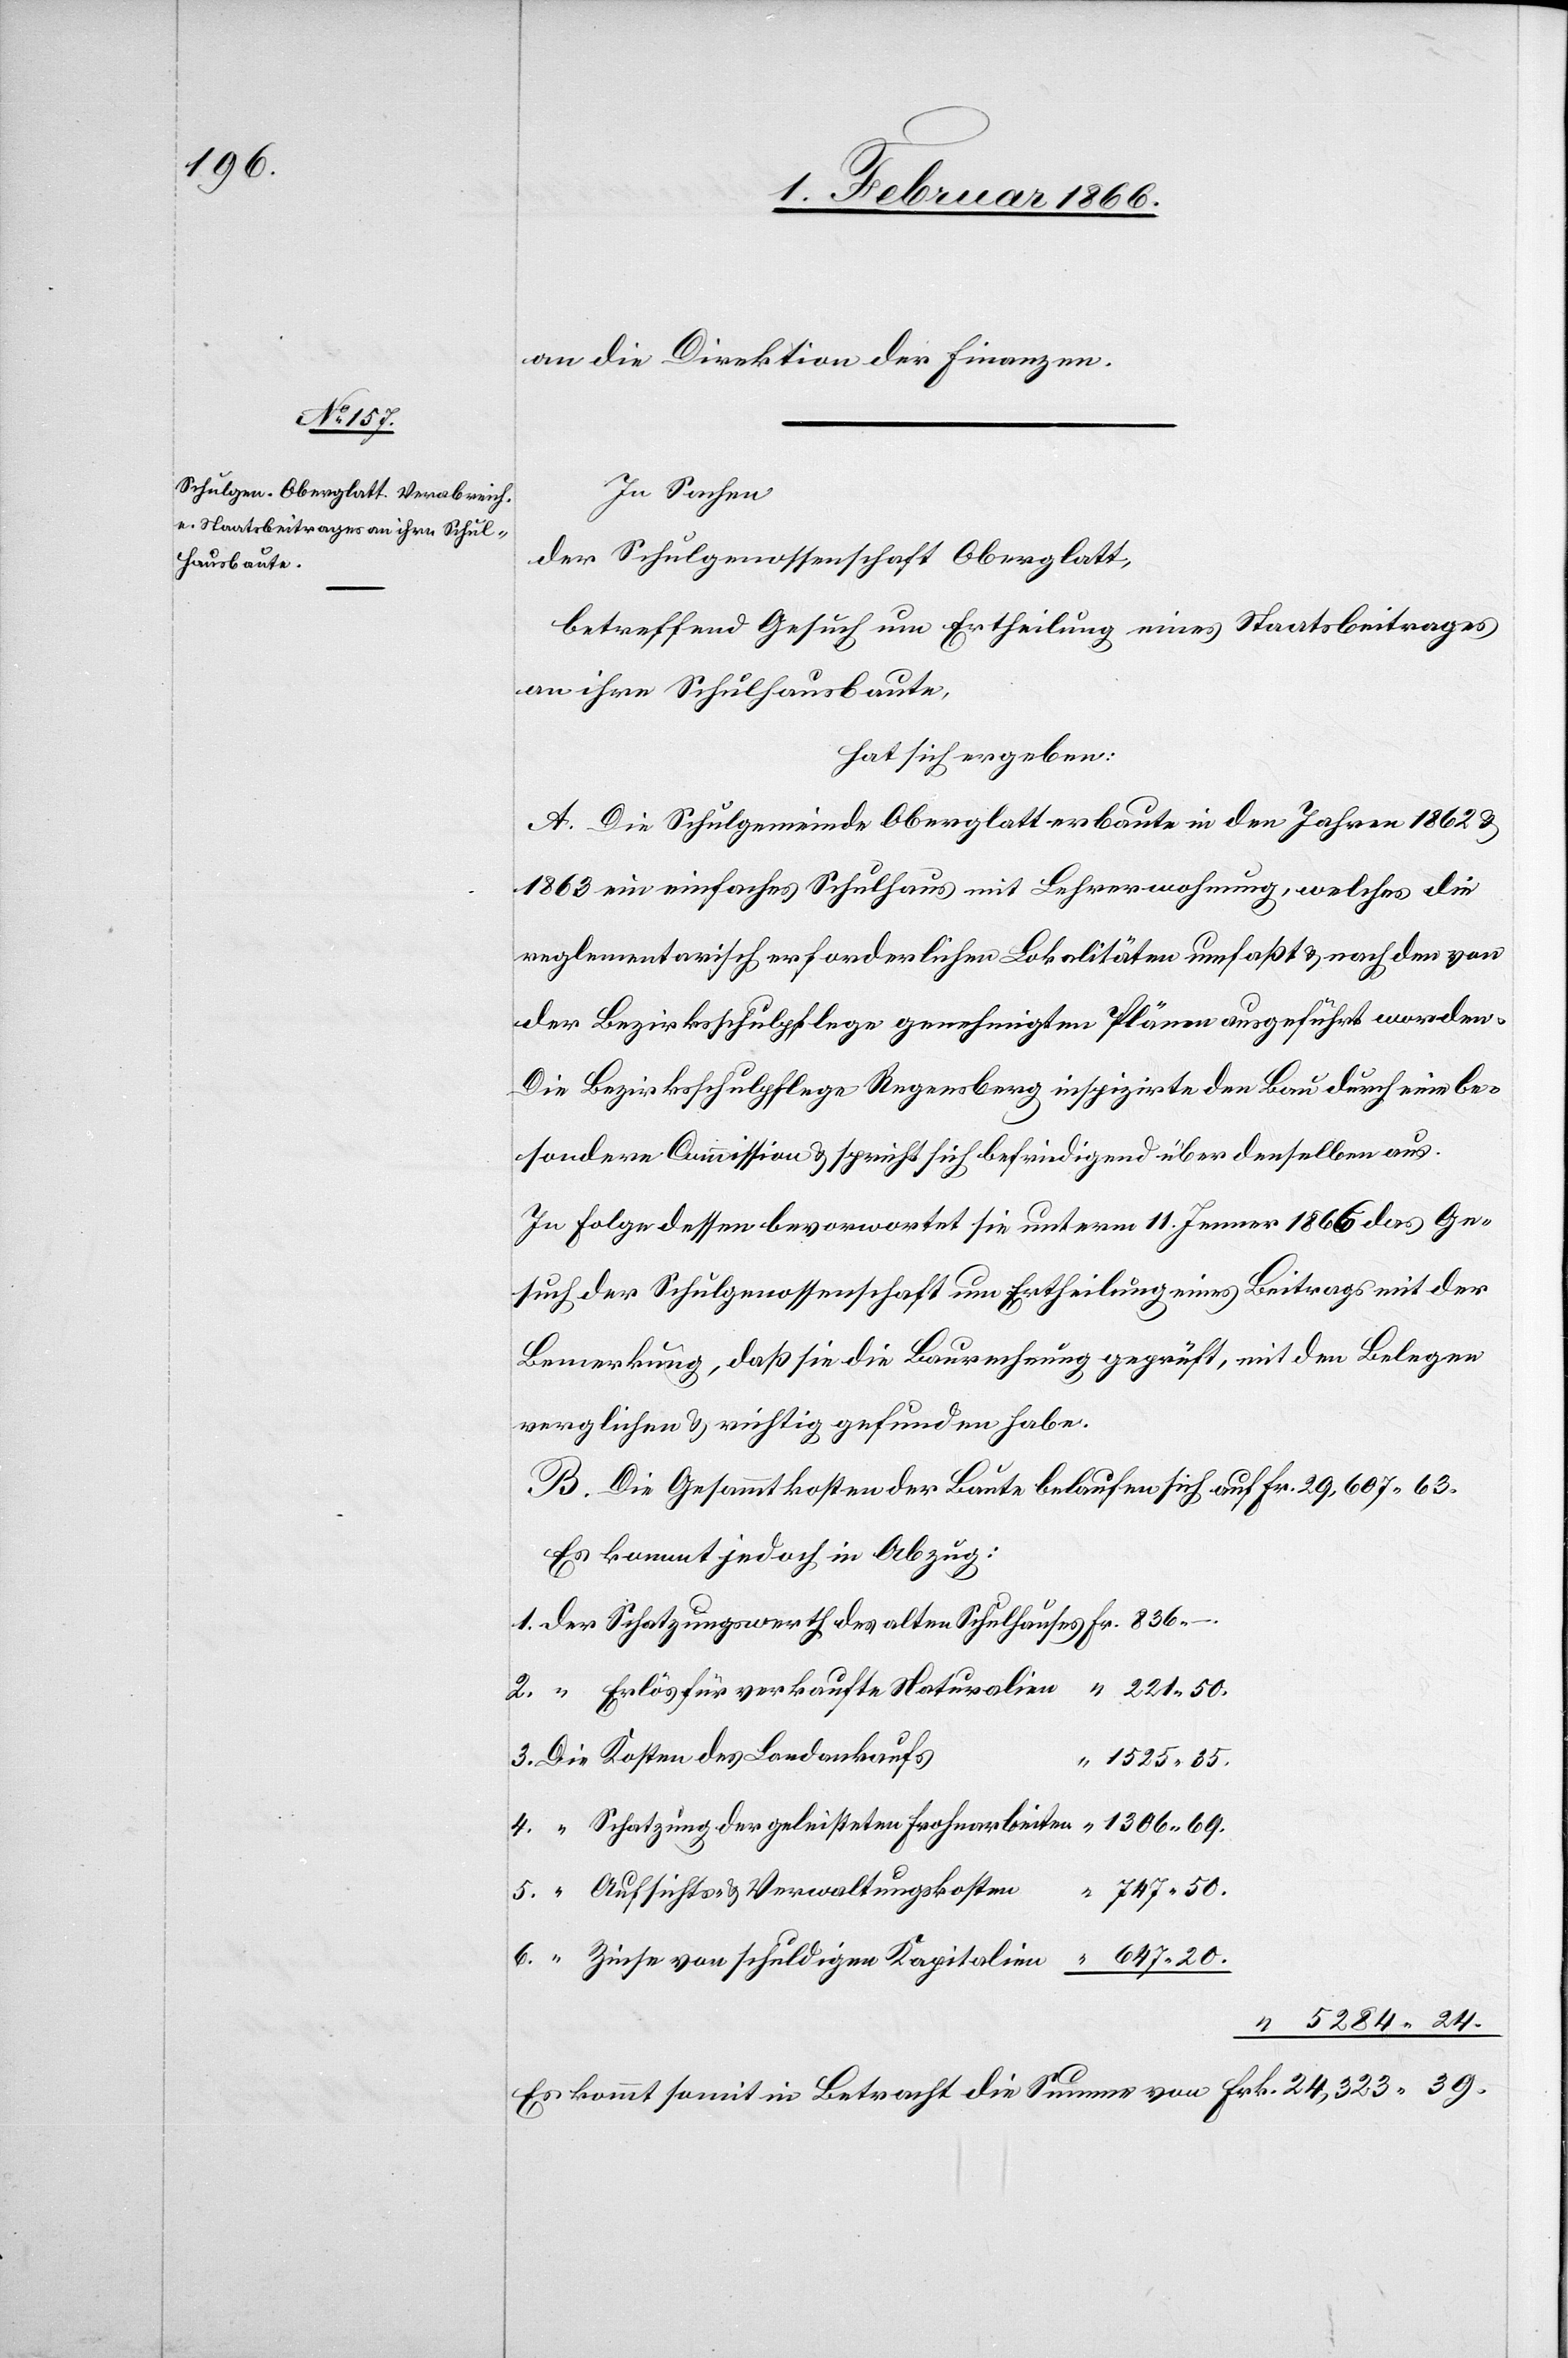
an die Direktion der Finanzen.
In Sachen
der Schulgenossenschaft Oberglatt,
betreffend Gesuch um Ertheilung eines Staatsbeitrages
an ihre Schulhausbaute,
hat sich ergeben:
A. Die Schulgemeinde Oberglatt erbaute in den Jahren 1862 u.
1863 ein einfaches Schulhaus mit Lehrerwohnung, welches die
reglementarisch erforderlichen Lokalitäten umfaßt u. nach den von
der Bezirksschulpflege genehmigten Plänen ausgeführt worden.
Die Bezirksschulpflege Regensberg inspizirte den Bau durch eine be¬
sondere Commission u. spricht sich befriedigend über denselben aus.
In Folge dessen bevorwortet sie unterm 11. Jenner 1866 das Ge¬
such der Schulgenossenschaft um Ertheilung eines Beitrags mit der
Bemerkung, daß sie die Baurechnung geprüft, mit den Belegen
verglichen u. richtig gefunden habe.
B. Die Gesammtkosten der Baute belaufen sich auf Fr. 29 607,63.
Es kommt jedoch in Abzug:
1. Der Schatzungswerth des alten Schulhauses		Fr. 836,–.
2. “ Erlös für verkaufte Naturalien		 “ 221,50.
3. Die Kosten des Landankaufs
“ 1525,85.
4. “ Schatzung der geleisteten Frohnarbeiten	 “ 1306,69.
747,50.
5. “ Aufsichts- u. Verwaltungskosten
6. “ Zinse von schuldigen Kapitalien		 “ 647,20.
Es kommt somit in Betracht die Summe von					Frk. 24 323,39.